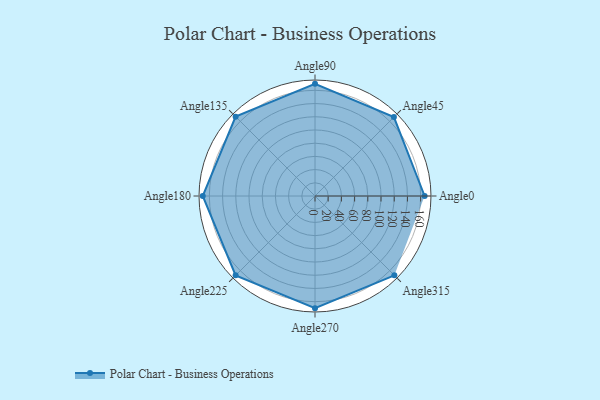
{"axis": {"x": "Angle", "y": "Radius"}, "legend": [""], "data": [{"x": "Angle0", "y": 166.0, "type": ""}, {"x": "Angle45", "y": 169.0, "type": ""}, {"x": "Angle90", "y": 170, "type": ""}, {"x": "Angle135", "y": 170, "type": ""}, {"x": "Angle180", "y": 170, "type": ""}, {"x": "Angle225", "y": 170, "type": ""}, {"x": "Angle270", "y": 170, "type": ""}, {"x": "Angle315", "y": 170, "type": ""}]}